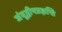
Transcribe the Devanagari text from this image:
जंबूद्वीपप्रज्ञप्ति